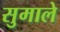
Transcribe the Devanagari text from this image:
सुमाले